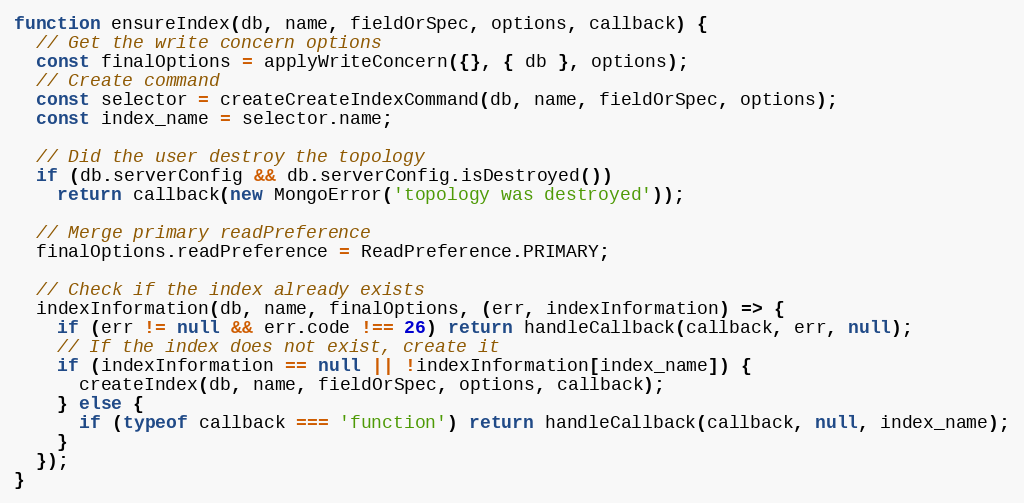
Language: JavaScript
function ensureIndex(db, name, fieldOrSpec, options, callback) {
  // Get the write concern options
  const finalOptions = applyWriteConcern({}, { db }, options);
  // Create command
  const selector = createCreateIndexCommand(db, name, fieldOrSpec, options);
  const index_name = selector.name;

  // Did the user destroy the topology
  if (db.serverConfig && db.serverConfig.isDestroyed())
    return callback(new MongoError('topology was destroyed'));

  // Merge primary readPreference
  finalOptions.readPreference = ReadPreference.PRIMARY;

  // Check if the index already exists
  indexInformation(db, name, finalOptions, (err, indexInformation) => {
    if (err != null && err.code !== 26) return handleCallback(callback, err, null);
    // If the index does not exist, create it
    if (indexInformation == null || !indexInformation[index_name]) {
      createIndex(db, name, fieldOrSpec, options, callback);
    } else {
      if (typeof callback === 'function') return handleCallback(callback, null, index_name);
    }
  });
}